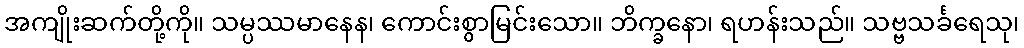
အကျိုးဆက်တို့ကို။ သမ္ပဿမာနေန၊ ကောင်းစွာမြင်းသော။ ဘိက္ခနော၊ ရဟန်းသည်။ သဗ္ဗသင်္ခရေသု၊